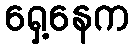
ရှေ့နေက